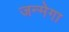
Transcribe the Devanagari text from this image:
जन्मेगा